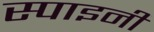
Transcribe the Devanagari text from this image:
स्पाइनी